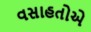
વસાહતોએ